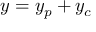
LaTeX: y = y _ { p } + y _ { c }